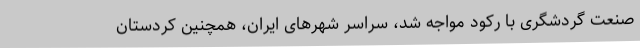
صنعت گردشگری با رکود مواجه شد، سراسر شهرهای ایران، همچنین کردستان